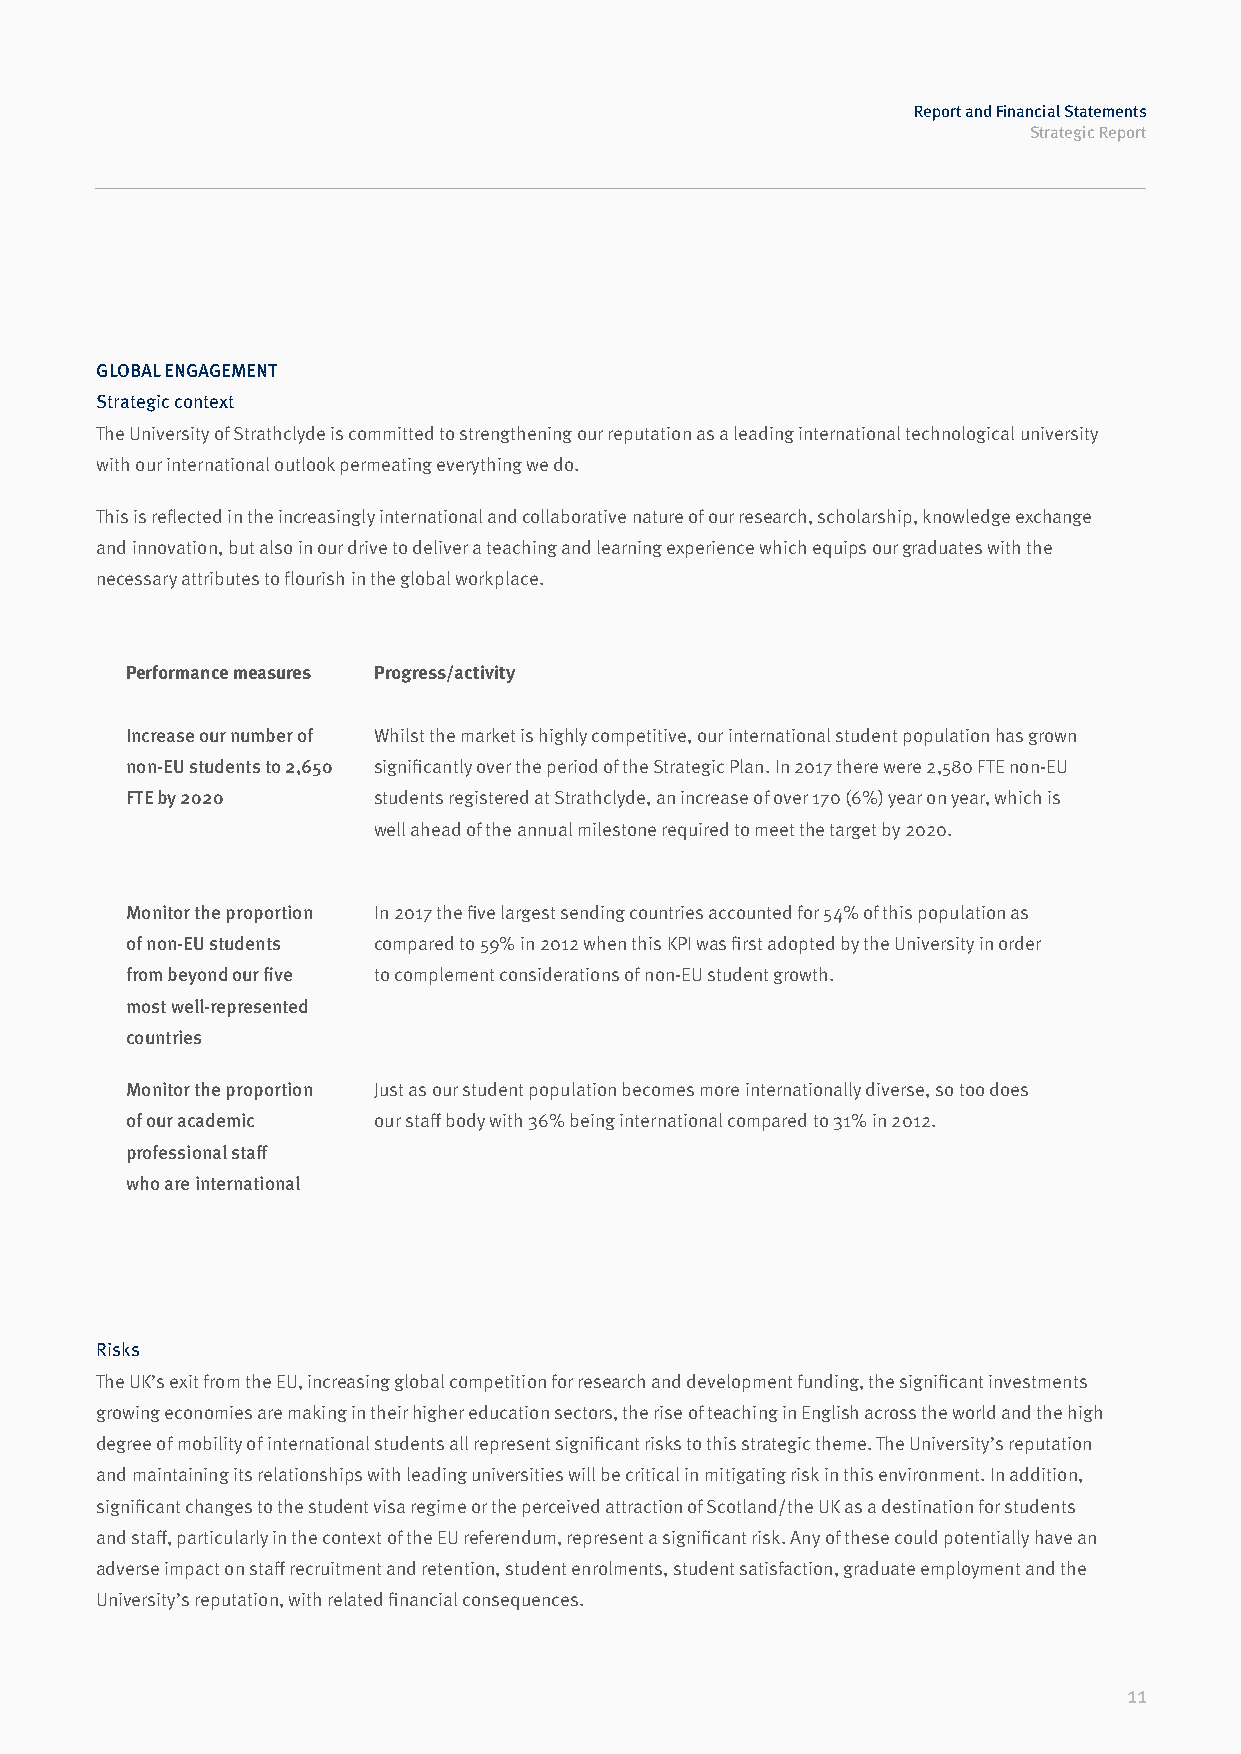
Report and Financial Statements
 Strategic Report
 GLOBAL ENGAGEMENT
 Strategic context
 The University of Strathclyde is committed to strengthening our reputation as a leading international technological university
 with our international outlook permeating everything we do.
 This is reflected in the increasingly international and collaborative nature of our research, scholarship, knowledge exchange
 and innovation, but also in our drive to deliver a teaching and learning experience which equips our graduates with the
 necessary attributes to flourish in the global workplace.
 Performance measures Progress/activity
 Increase our number of Whilst the market is highly competitive, our international student population has grown
 non-EU students to 2,650 significantly over the period of the Strategic Plan. In 2017 there were 2,580 FTE non-EU
 FTE by 2020      students registered at Strathclyde, an increase of over 170 (6%) year on year, which is
 well ahead of the annual milestone required to meet the target by 2020.
 Monitor the proportion In 2017 the five largest sending countries accounted for 54% of this population as
 of non-EU students compared to 59% in 2012 when this KPI was first adopted by the University in order
 from beyond our five to complement considerations of non-EU student growth.
 most well-represented
 countries
 Monitor the proportion Just as our student population becomes more internationally diverse, so too does
 of our academic  our staff body with 36% being international compared to 31% in 2012.
 professional staff
 who are international
 Risks
 The UK’s exit from the EU, increasing global competition for research and development funding, the significant investments
 growing economies are making in their higher education sectors, the rise of teaching in English across the world and the high
 degree of mobility of international students all represent significant risks to this strategic theme. The University’s reputation
 and maintaining its relationships with leading universities will be critical in mitigating risk in this environment. In addition,
 significant changes to the student visa regime or the perceived attraction of Scotland/the UK as a destination for students
 and staff, particularly in the context of the EU referendum, represent a significant risk. Any of these could potentially have an
 adverse impact on staff recruitment and retention, student enrolments, student satisfaction, graduate employment and the
 University’s reputation, with related financial consequences.
 11